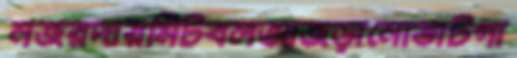
নজরদারমিটবলআজড়ানোভাটগা